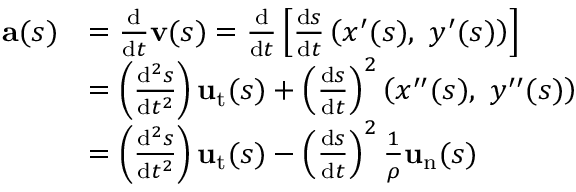
{ \begin{array} { r l } { \mathbf { a } ( s ) } & { = { \frac { \mathrm { d } } { \mathrm { d } t } } \mathbf { v } ( s ) = { \frac { \mathrm { d } } { \mathrm { d } t } } \left[ { \frac { \mathrm { d } s } { \mathrm { d } t } } \left( x ^ { \prime } ( s ) , \ y ^ { \prime } ( s ) \right) \right] } \\ & { = \left( { \frac { \mathrm { d } ^ { 2 } s } { \mathrm { d } t ^ { 2 } } } \right) \mathbf { u } _ { \mathrm { t } } ( s ) + \left( { \frac { \mathrm { d } s } { \mathrm { d } t } } \right) ^ { 2 } \left( x ^ { \prime \prime } ( s ) , \ y ^ { \prime \prime } ( s ) \right) } \\ & { = \left( { \frac { \mathrm { d } ^ { 2 } s } { \mathrm { d } t ^ { 2 } } } \right) \mathbf { u } _ { \mathrm { t } } ( s ) - \left( { \frac { \mathrm { d } s } { \mathrm { d } t } } \right) ^ { 2 } { \frac { 1 } { \rho } } \mathbf { u } _ { \mathrm { n } } ( s ) } \end{array} }